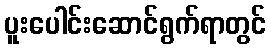
ပူးပေါင်းဆောင်ရွက်ရာတွင်